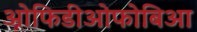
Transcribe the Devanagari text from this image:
ओफिडीओफोबिआ